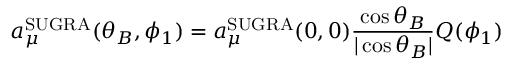
a _ { \mu } ^ { \mathrm { S U G R A } } ( \theta _ { B } , \phi _ { 1 } ) = a _ { \mu } ^ { \mathrm { S U G R A } } ( 0 , 0 ) \frac { \cos \theta _ { B } } { | \cos \theta _ { B } | } Q ( \phi _ { 1 } )